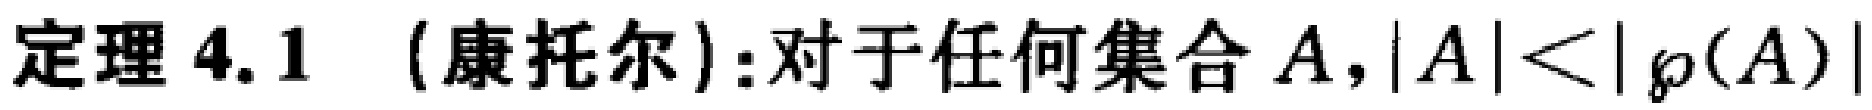
定理 4.1 （康托尔）:对于任何集合 \(A,|A|<|\wp(A)|\)